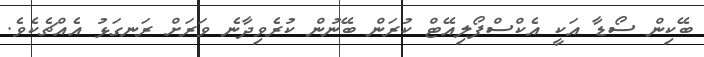
ބޭކިން ސޯޑާ އަކީ އެކްސްފޯލިއޭޓް ކުރަން ބޭނުން ކުރެވިދާނެ ވަރަށް ރަނގަޅު އެއްޗެކެވެ.